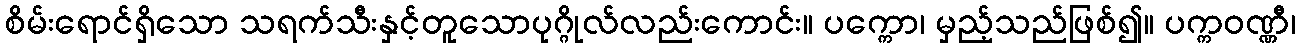
စိမ်းရောင်ရှိသော သရက်သီးနှင့်တူသောပုဂ္ဂိုလ်လည်းကောင်း။ ပက္ကော၊ မှည့်သည်ဖြစ်၍။ ပက္ကဝဏ္ဏီ၊